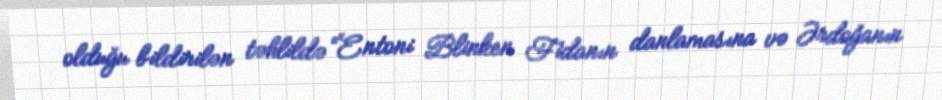
olduğu bildirilən təhlildə “Entoni Blinken Fidanın danlamasına və Ərdoğanın